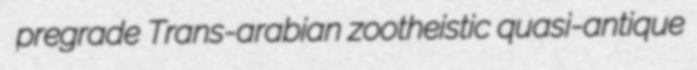
pregrade Trans-arabian zootheistic quasi-antique